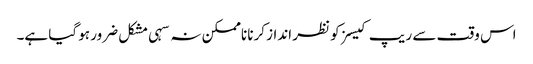
اس وقت سے ریپ کیسز کو نظر انداز کرنا ناممکن نہ سہی مشکل ضرور ہو گیا ہے۔